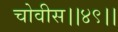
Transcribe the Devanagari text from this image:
चोवीस।।४९।।